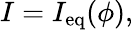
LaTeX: I=I_{\mathrm{eq}}(\phi),